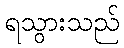
ရသွားသည်